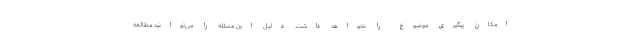
امکان پیگیری موضوع را نخواهد داشت. دلیل این مسئله را می‌توانید مطالعه